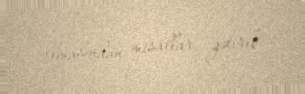
olmasından misallar gətirib.